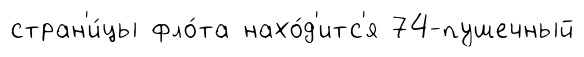
стран'и́цы фло́та нахо́д'итс'я 74-пушечный